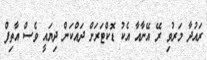
ރައުދާ މަރުވި ރޭ އޭނާއާ އެކު ޑޮކްޓަރަށް ދައްކަން ދިޔައީ ވެސް އާތިފް